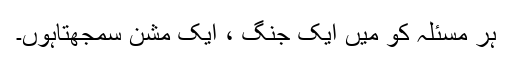
ہر مسئلہ کو میں ایک جنگ ، ایک مشن سمجھتاہوں۔